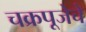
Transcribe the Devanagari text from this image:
चक्रपूजेचे